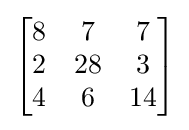
\left[{\begin{matrix}8&7&7\\2&28&3\\4&6&14\end{matrix}}\right]